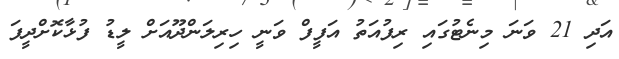
އަދި 21 ވަނަ މިނެޓުގައި ރިފުއަތު އަފީފް ވަނީ ހިރިލަންދޫއަށް ލީޑު ފުޅާކޮށްދީފަ